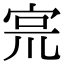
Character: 宺